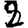
Digit: 2